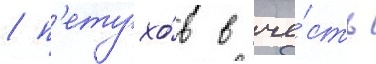
/ п'етухо́в в че́сть